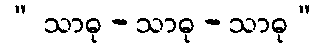
“ သာဓု - သာဓု - သာဓု”